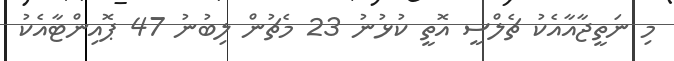
މި ނަތީޖާއާއެކު ޗެލްސީ އޮތީ ކުޅުނު 23 މެޗުން ލިބުނު 47 ޕޮއިންޓާއެކު